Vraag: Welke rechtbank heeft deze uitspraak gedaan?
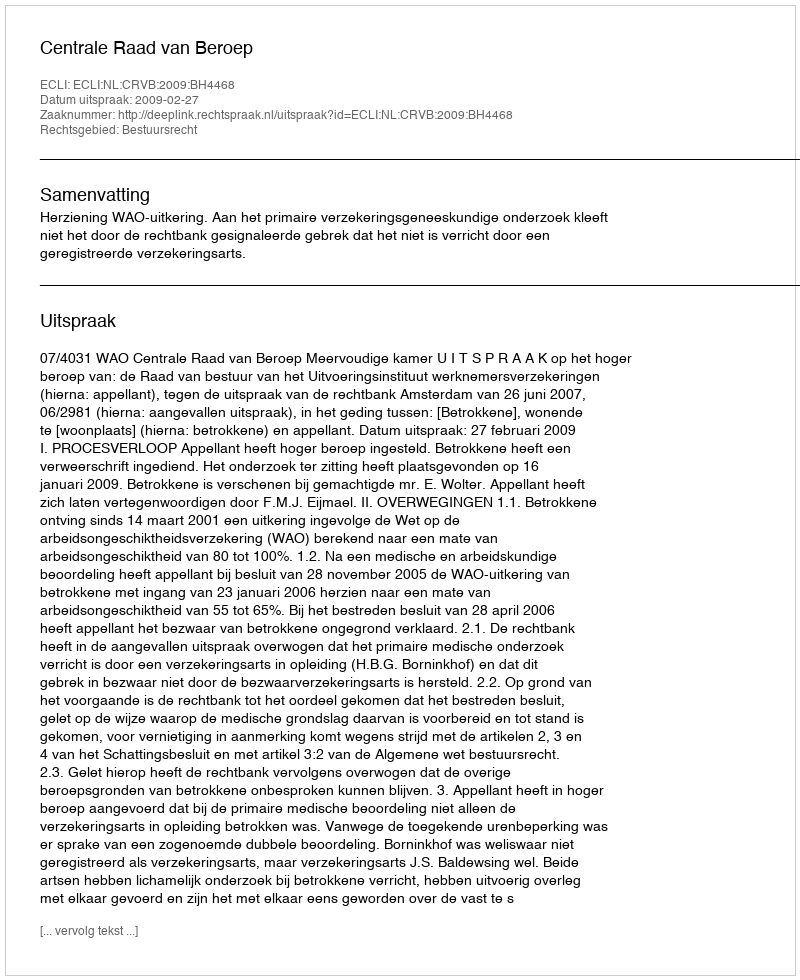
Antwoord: Centrale Raad van Beroep